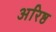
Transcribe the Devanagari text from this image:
अरिष्ठ